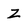
Character: z